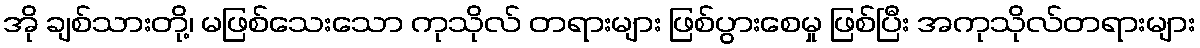
အို ချစ်သားတို့၊ မဖြစ်သေးသော ကုသိုလ် တရားများ ဖြစ်ပွားစေမှု ဖြစ်ပြီး အကုသိုလ်တရားများ